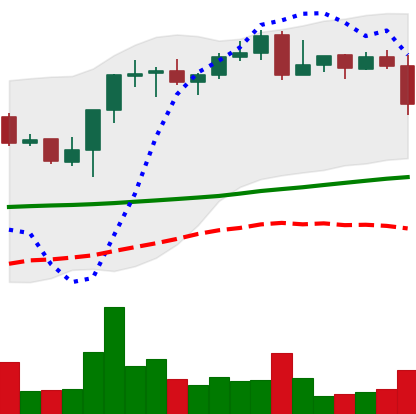
Ticker: BNB-USD
Chart end date: 2021-10-27
Forward return: 22.772%
Label: up_7plus